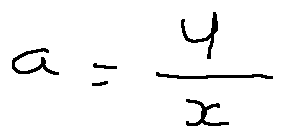
a = \frac { y } { x }